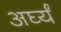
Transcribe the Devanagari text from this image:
अर्घ्यं